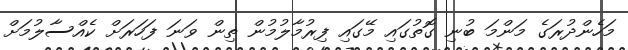
މަހެންދުރަގެ މަންމަ ބުނި ގޮތުގައި މޭގައި ފިރުމާލުމުން ތިން ވަނަ ފަހަރަށް ކެއްސާލުމަށް